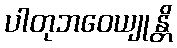
ပါတုဘဝေယျုန္တိ